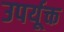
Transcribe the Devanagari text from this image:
उपर्यूक्त